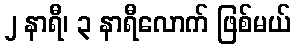
၂ နာရီ၊ ၃ နာရီလောက် ဖြစ်မယ်